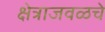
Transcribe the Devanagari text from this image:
क्षेत्राजवळचे